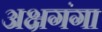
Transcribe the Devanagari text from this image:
अक्षगंगा